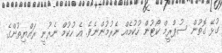
ގުޅޭ ގޮތުން ސުޕްރީމް ކޯޓުން ހުކުމެއް ނެރުމުންނެވެ. އެ ހުކުމް ނެރުނީ ރައްޔިތުންގެ